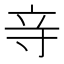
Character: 𮄧